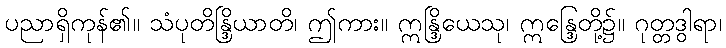
ပညာရှိကုန်၏။ သံပုတိန္ဒြိယာတိ၊ ဤကား။ ဣန္ဒြိယေသု၊ ဣန္ဒြေတို့၌။ ဂုတ္တဒွါရာ၊